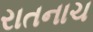
રાતનાચ